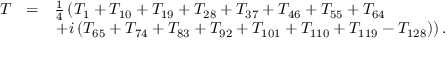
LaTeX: \begin{array} { l c l } { { T _ { \scriptscriptstyle } } } & { { = } } & { { \frac { 1 } { 4 } \left( T _ { 1 } + T _ { 1 0 } + T _ { 1 9 } + T _ { 2 8 } + T _ { 3 7 } + T _ { 4 6 } + T _ { 5 5 } + T _ { 6 4 } \right. } } \\ { { } } & { { } } & { { \left. + i \left( T _ { 6 5 } + T _ { 7 4 } + T _ { 8 3 } + T _ { 9 2 } + T _ { 1 0 1 } + T _ { 1 1 0 } + T _ { 1 1 9 } - T _ { 1 2 8 } \right) \right) . } } \end{array}